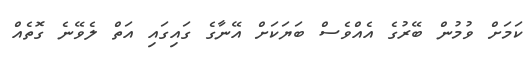
ކަމަށް ވުމުން ބޭރުގެ އެއްވެސް ބަޔަކަށް އޭނާގެ ގައިގައި އަތް ލެވޭނެ ގޮތެއް